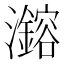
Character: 𪸆